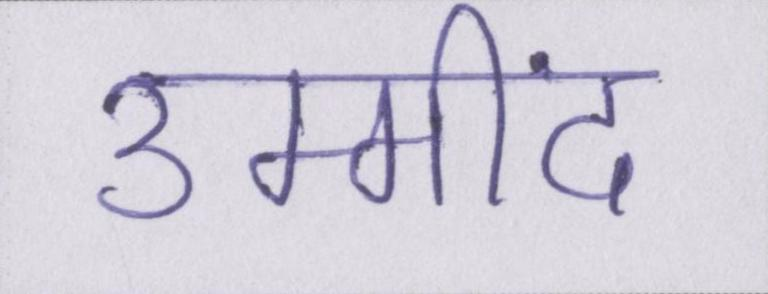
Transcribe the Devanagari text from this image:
उम्मींद